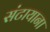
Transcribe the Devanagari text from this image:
संटायाना